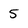
Character: 5